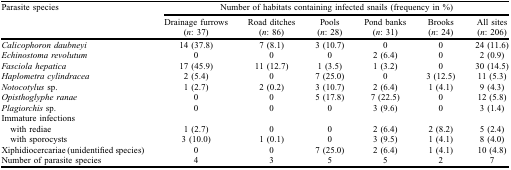
<table><thead><tr><td><b>Parasite species</b></td><td colspan="6"><b>Number of habitats containing infected snails (frequency in %)</b></td></tr><tr><td></td><td><b>Drainage furrows (<i>n</i>: 37)</b></td><td><b>Road ditches (<i>n</i>: 86)</b></td><td><b>Pools (<i>n</i>: 28)</b></td><td><b>Pond banks (<i>n</i>: 31)</b></td><td><b>Brooks (<i>n</i>: 24)</b></td><td><b>All sites (<i>n</i>: 206)</b></td></tr></thead><tbody><tr><td><i>Calicophoron daubneyi</i></td><td>14 (37.8)</td><td>7 (8.1)</td><td>3 (10.7)</td><td>0</td><td>0</td><td>24 (11.6)</td></tr><tr><td><i>Echinostoma revolutum</i></td><td>0</td><td>0</td><td>0</td><td>2 (6.4)</td><td>0</td><td>2 (0.9)</td></tr><tr><td><i>Fasciola hepatica</i></td><td>17 (45.9)</td><td>11 (12.7)</td><td>1 (3.5)</td><td>1 (3.2)</td><td>0</td><td>30 (14.5)</td></tr><tr><td><i>Haplometra cylindracea</i></td><td>2 (5.4)</td><td>0</td><td>7 (25.0)</td><td>0</td><td>3 (12.5)</td><td>11 (5.3)</td></tr><tr><td><i>Notocotylus</i> sp.</td><td>1 (2.7)</td><td>2 (0.2)</td><td>3 (10.7)</td><td>2 (6.4)</td><td>1 (4.1)</td><td>9 (4.3)</td></tr><tr><td><i>Opisthoglyphe ranae</i></td><td>0</td><td>0</td><td>5 (17.8)</td><td>7 (22.5)</td><td>0</td><td>12 (5.8)</td></tr><tr><td><i>Plagiorchis</i> sp.</td><td>0</td><td>0</td><td>0</td><td>3 (9.6)</td><td>0</td><td>3 (1.4)</td></tr><tr><td>Immature infections</td><td></td><td></td><td></td><td></td><td></td><td></td></tr><tr><td> with rediae</td><td>1 (2.7)</td><td>0</td><td>0</td><td>2 (6.4)</td><td>2 (8.2)</td><td>5 (2.4)</td></tr><tr><td> with sporocysts</td><td>3 (10.0)</td><td>1 (0.1)</td><td>0</td><td>3 (9.5)</td><td>1 (4.1)</td><td>8 (4.0)</td></tr><tr><td>Xiphidiocercariae (unidentified species)</td><td>0</td><td>0</td><td>7 (25.0)</td><td>2 (6.4)</td><td>1 (4.1)</td><td>10 (4.8)</td></tr><tr><td>Number of parasite species</td><td>4</td><td>3</td><td>5</td><td>5</td><td>2</td><td>7</td></tr></tbody></table>